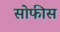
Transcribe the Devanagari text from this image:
सोफीस